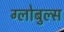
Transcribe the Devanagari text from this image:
ग्लोबुल्स